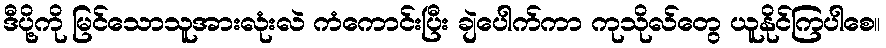
ဒီပို့ကို မြင်သောသူအားလုံးလဲ ကံကောင်းပြီး ချဲပေါက်ကာ ကုသိုလ်တွေ ယူနိုင်ကြပါစေ။